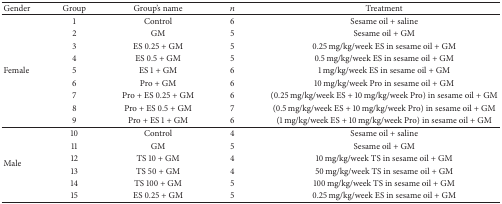
<table><thead><tr><td><b>Gender</b></td><td><b>Group</b></td><td><b>Group&#x27;s name</b></td><td><b><i>n</i></b></td><td><b>Treatment</b></td></tr></thead><tbody><tr><td rowspan="9">Female</td><td>1</td><td>Control</td><td>6</td><td>Sesame oil + saline</td></tr><tr><td>2</td><td>GM</td><td>5</td><td>Sesame oil + GM</td></tr><tr><td>3</td><td>ES 0.25 + GM</td><td>5</td><td>0.25 mg/kg/week ES in sesame oil + GM</td></tr><tr><td>4</td><td>ES 0.5 + GM</td><td>5</td><td>0.5 mg/kg/week ES in sesame oil + GM</td></tr><tr><td>5</td><td>ES 1 + GM</td><td>6</td><td>1 mg/kg/week ES in sesame oil + GM</td></tr><tr><td>6</td><td>Pro + GM</td><td>6</td><td>10 mg/kg/week Pro in sesame oil + GM</td></tr><tr><td>7</td><td>Pro + ES 0.25 + GM</td><td>6</td><td>(0.25 mg/kg/week ES + 10 mg/kg/week Pro) in sesame oil + GM</td></tr><tr><td>8</td><td>Pro + ES 0.5 + GM</td><td>7</td><td>(0.5 mg/kg/week ES + 10 mg/kg/week Pro) in sesame oil + GM</td></tr><tr><td>9</td><td>Pro + ES 1 + GM</td><td>6</td><td>(1 mg/kg/week ES + 10 mg/kg/week Pro) in sesame oil + GM</td></tr><tr><td rowspan="6">Male</td><td>10</td><td>Control</td><td>4</td><td>Sesame oil + saline</td></tr><tr><td>11</td><td>GM</td><td>5</td><td>Sesame oil + GM</td></tr><tr><td>12</td><td>TS 10 + GM</td><td>4</td><td>10 mg/kg/week TS in sesame oil + GM</td></tr><tr><td>13</td><td>TS 50 + GM</td><td>4</td><td>50 mg/kg/week TS in sesame oil + GM</td></tr><tr><td>14</td><td>TS 100 + GM</td><td>5</td><td>100 mg/kg/week TS in sesame oil + GM</td></tr><tr><td>15</td><td>ES 0.25 + GM</td><td>5</td><td>0.25 mg/kg/week ES in sesame oil + GM</td></tr></tbody></table>